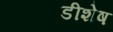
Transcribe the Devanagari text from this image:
डीशेष